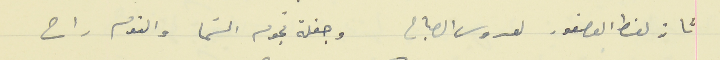
تا زلغظ العصفور لعروسَ الصباح                                  وجفلة نجوم السَما والنوم راح